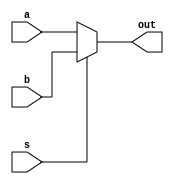


module mux2x1(
    input a,b,s,
    output out
    );
    
   assign out = s?b:a;
endmodule